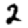
Digit: 2